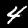
Digit: 4